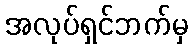
အလုပ်ရှင်ဘက်မှ